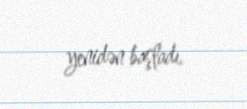
yenidən başladı.